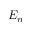
E _ { n }